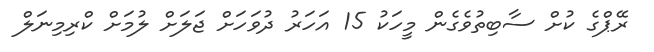
ރޭޕްގެ ކުށް ސާބިތުވެގެން މީހަކު 15 އަހަރު ދުވަހަށް ޖަލަށް ލުމަށް ކްރިމިނަލް